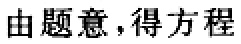
由题意，得方程